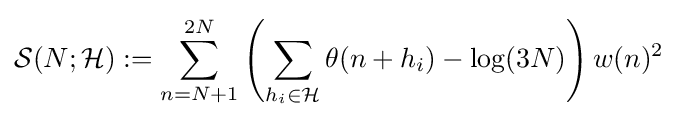
{\mathcal {S}}(N;{\mathcal {H}}):=\sum \limits _{n=N+1}^{2N}\left(\sum \limits _{h_{i}\in {\mathcal {H}}}\theta (n+h_{i})-\log(3N)\right)w(n)^{2}